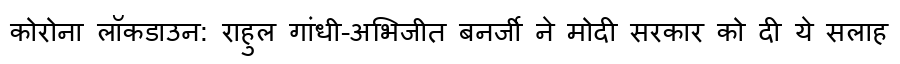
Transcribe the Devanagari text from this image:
कोरोना लॉकडाउन: राहुल गांधी-अभिजीत बनर्जी ने मोदी सरकार को दी ये सलाह